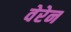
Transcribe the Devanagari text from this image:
वेरेन